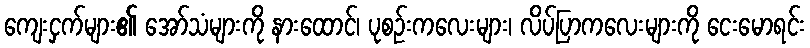
ကျေးငှက်များ၏ အော်သံများကို နားထောင်၊ ပုစဉ်းကလေးများ၊ လိပ်ပြာကလေးများကို ငေးမောရင်း